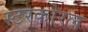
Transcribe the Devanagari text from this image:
स्टरकोरल